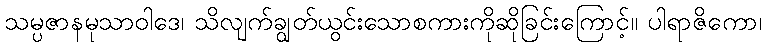
သမ္ပဇာနမုသာဝါဒေ၊ သိလျက်ချွတ်ယွင်းသောစကားကိုဆိုခြင်းကြောင့်။ ပါရာဇိကော၊